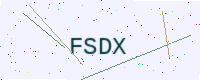
Text: FSDX